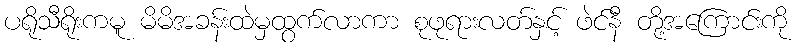
ပရိုသီရိုးကမူ မိမိအခန်းထဲမှထွက်လာကာ စုဖုရားလတ်နှင့် ဖဲင်နီ တို့အကြောင်းကို